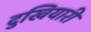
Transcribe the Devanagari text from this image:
दुखियारी